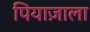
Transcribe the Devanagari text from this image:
पियाज़ाला